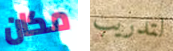
مكان لتدريب